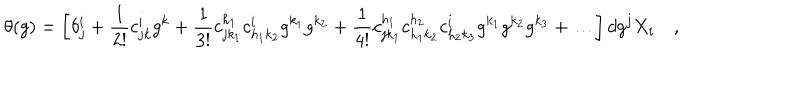
LaTeX: \theta ( g ) = \left[ \delta _ { j } ^ { i } + \frac { 1 } { 2 ! } c _ { j k } ^ { i } g ^ { k } + \frac { 1 } { 3 ! } c _ { j k _ { 1 } } ^ { h _ { 1 } } c _ { h _ { 1 } k _ { 2 } } ^ { i } g ^ { k _ { 1 } } g ^ { k _ { 2 } } + \frac { 1 } { 4 ! } c _ { j k _ { 1 } } ^ { h _ { 1 } } c _ { h _ { 1 } k _ { 2 } } ^ { h _ { 2 } } c _ { h _ { 2 } k _ { 3 } } ^ { i } g ^ { k _ { 1 } } g ^ { k _ { 2 } } g ^ { k _ { 3 } } + \ldots \right] d g ^ { j } X _ { i } \quad ,